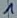
Text: 1